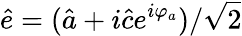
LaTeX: \hat{e}=(\hat{a}+i\hat{c}e^{i\varphi_{a}})/\sqrt{2}